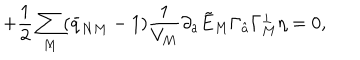
LaTeX: \qquad \qquad \qquad \qquad + { \frac { 1 } { 2 } } \sum _ { M } ( \bar { q } _ { N M } - 1 ) { \frac { 1 } { V _ { M } } } \partial _ { a } \tilde { E } _ { M } \Gamma _ { \hat { a } } \Gamma _ { M } ^ { \perp } \eta = 0 ,